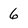
Character: 6